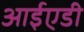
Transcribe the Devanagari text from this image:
आईएडी